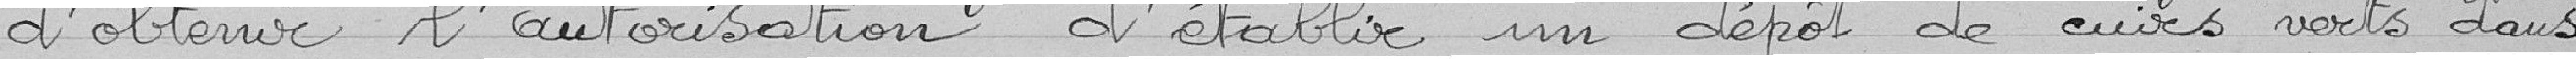
d'obtenir l'autorisation d'établir un dépôt de cuirs verts dans